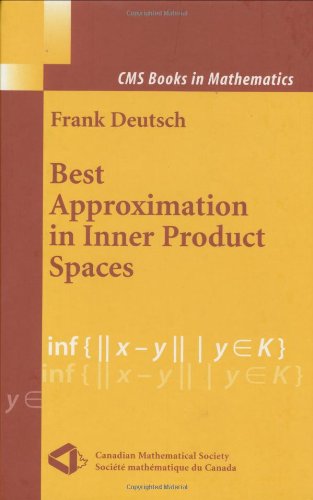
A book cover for Best Approximation in Inner Product Spaces (CMS Books in Mathematics); Frank R. Deutsch; Science & Math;